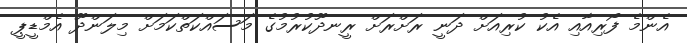
އެންމެ ފޯރިއާއި އެކު ކުރިއަށް ދަނީ ރަށްރަށް ރީނދޫކުރުމުގެ މަސައްކަތްކަމަށް މިލަންދޫ އެމްޑީޕީ